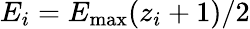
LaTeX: E_{i}=E_{\mathrm{max}}(z_{i}+1)/2